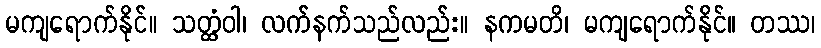
မကျရောက်နိုင်။ သတ္ထံဝါ၊ လက်နက်သည်လည်း။ နကမတိ၊ မကျရောက်နိုင်။ တဿ၊